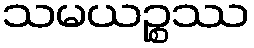
သမယဉ္စဿ